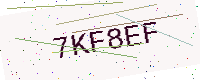
Text: 7KF8EF